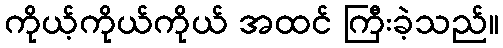
ကိုယ့်ကိုယ်ကိုယ် အထင် ကြီးခဲ့သည်။